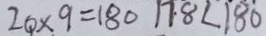
2 0 \times 9 = 1 8 0 1 7 8 \angle 1 8 0